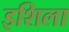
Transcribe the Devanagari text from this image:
इशिला